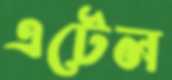
এটেল